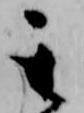
其